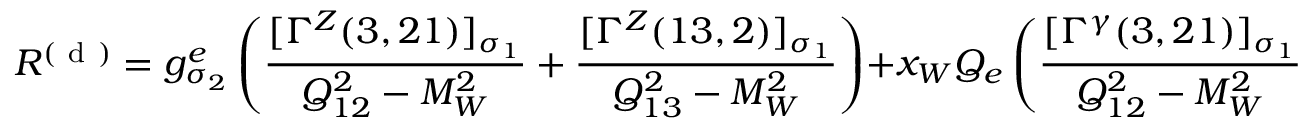
{ \cal R } ^ { ( \mathrm { ~ d ~ } ) } = g _ { \sigma _ { 2 } } ^ { e } \left( \frac { [ \Gamma ^ { Z } ( 3 , 2 1 ) ] _ { \sigma _ { 1 } } } { Q _ { 1 2 } ^ { 2 } - M _ { W } ^ { 2 } } + \frac { [ \Gamma ^ { Z } ( 1 3 , 2 ) ] _ { \sigma _ { 1 } } } { Q _ { 1 3 } ^ { 2 } - M _ { W } ^ { 2 } } \right) + x _ { W } Q _ { e } \left( \frac { [ \Gamma ^ { \gamma } ( 3 , 2 1 ) ] _ { \sigma _ { 1 } } } { Q _ { 1 2 } ^ { 2 } - M _ { W } ^ { 2 } } + \frac { [ \Gamma ^ { \gamma } ( 1 3 , 2 ) ] _ { \sigma _ { 1 } } } { Q _ { 1 3 } ^ { 2 } - M _ { W } ^ { 2 } } \right) \; .